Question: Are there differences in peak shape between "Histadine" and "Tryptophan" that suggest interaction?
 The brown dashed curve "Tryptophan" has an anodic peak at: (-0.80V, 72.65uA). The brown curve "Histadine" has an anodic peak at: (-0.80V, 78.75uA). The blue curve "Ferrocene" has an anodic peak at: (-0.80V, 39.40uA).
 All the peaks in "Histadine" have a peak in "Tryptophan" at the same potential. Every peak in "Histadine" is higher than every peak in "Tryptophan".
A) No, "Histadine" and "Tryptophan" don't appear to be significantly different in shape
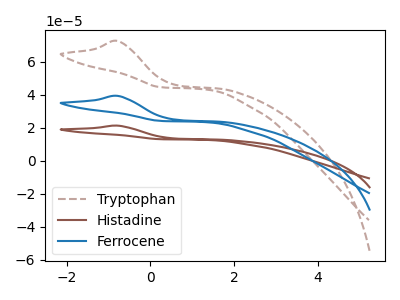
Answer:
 <answer>A) No, "Histadine" and "Tryptophan" don't appear to be significantly different in shape</answer>
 <eval>A</eval>